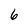
Character: 6